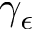
\gamma _ { \epsilon }